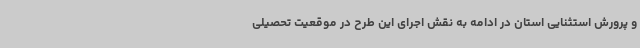
و پرورش استثنایی استان در ادامه به نقش اجرای این طرح در موقعیت تحصیلی